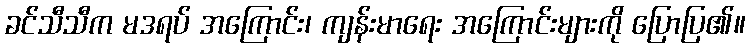
ခင်သီသီက မဒရပ် အကြောင်း၊ ကျန်းမာရေး အကြောင်းများကို ပြောပြ၏။